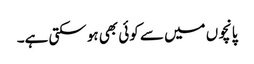
پانچوں میں سے کوئی بھی ہو سکتی ہے۔